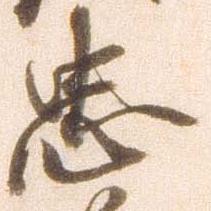
忠